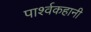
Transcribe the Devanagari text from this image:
पार्श्वकहानी